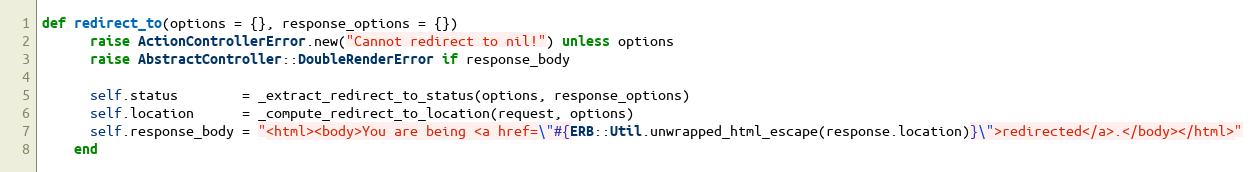
Language: Ruby
def redirect_to(options = {}, response_options = {})
      raise ActionControllerError.new("Cannot redirect to nil!") unless options
      raise AbstractController::DoubleRenderError if response_body

      self.status        = _extract_redirect_to_status(options, response_options)
      self.location      = _compute_redirect_to_location(request, options)
      self.response_body = "<html><body>You are being <a href=\"#{ERB::Util.unwrapped_html_escape(response.location)}\">redirected</a>.</body></html>"
    end